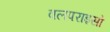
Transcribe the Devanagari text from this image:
वलपराइसो